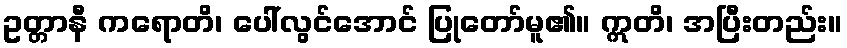
ဥတ္တာနီ ကရောတိ၊ ပေါ်လွင်အောင် ပြုတော်မူ၏။ ဣတိ၊ အပြီးတည်း။